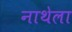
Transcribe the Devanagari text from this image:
नाथेला